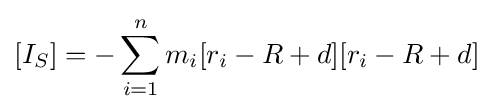
[I_{S}]=-\sum _{i=1}^{n}m_{i}[r_{i}-R+d][r_{i}-R+d]